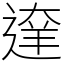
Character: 𨔶